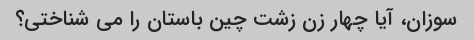
سوزان، آیا چهار زن زشت چین باستان را می شناختی؟